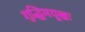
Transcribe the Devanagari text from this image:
शुद्धिमयूखः